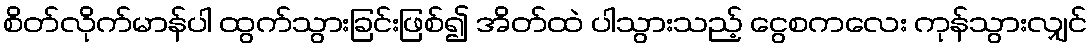
စိတ်လိုက်မာန်ပါ ထွက်သွားခြင်းဖြစ်၍ အိတ်ထဲ ပါသွားသည့် ငွေစကလေး ကုန်သွားလျှင်